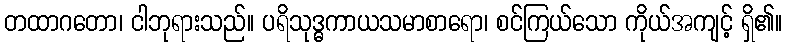
တထာဂတော၊ ငါဘုရားသည်။ ပရိသုဒ္ဓကာယသမာစာရော၊ စင်ကြယ်သော ကိုယ်အကျင့် ရှိ၏။